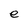
Character: e